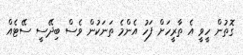
ގޮތުން ހީވީ އެ ތާރީހަށް ފަހު އެންމެ ތަނަކުން ވެސް ބިދޭސީ ސޭޓެއް